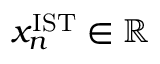
x _ { n } ^ { \mathrm { I S T } } \in \mathbb { R }